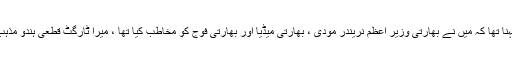
وزیر اطلاعات پنجاب کا کہنا تھا کہ میں نے بھارتی وزیر اعظم نریندر مودی ، بھارتی میڈیا اور بھارتی فوج کو مخاطب کیا تھا ، میرا ٹارگٹ قطعی ہندو مذہب اور ہندو برادری نہیں تھا۔